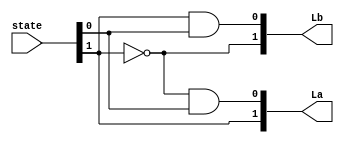
module o_logic(state, La, Lb);	//output logic
	input [1:0] state;			// 2 bits input
	output[1:0] La;				// 2 bits output
	output[1:0] Lb;				// 2 bits output

	assign La[1] = state[1]; 						//La1 = q1
	assign La[0] = (~state[1]) & (state[0]);	//La0 = 'q1q0
	assign Lb[1] = (~state[1]);					//Lb1 = 'q1
	assign Lb[0] = (state[1]) & (state[0]);	//Lb0 = q1q0
endmodule